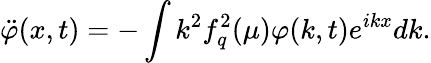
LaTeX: \ddot{\varphi}(x,t)=-\int k^{2}f_{q}^{2}(\mu)\varphi(k,t)e^{ikx}dk.